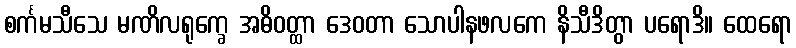
စင်္ကမသီသေ မဏိလရုက္ခေ အဓိဝတ္ထာ ဒေဝတာ သောပါနဖလကေ နိသီဒိတွာ ပရောဒိ။ ထေရော